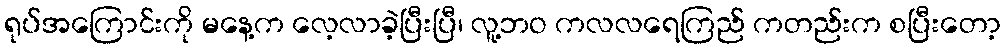
ရုပ်အကြောင်းကို မနေ့က လေ့လာခဲ့ပြီးပြီ၊ လူ့ဘဝ ကလလရေကြည် ကတည်းက စပြီးတော့